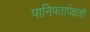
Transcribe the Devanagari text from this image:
पानिपतापेक्षाही